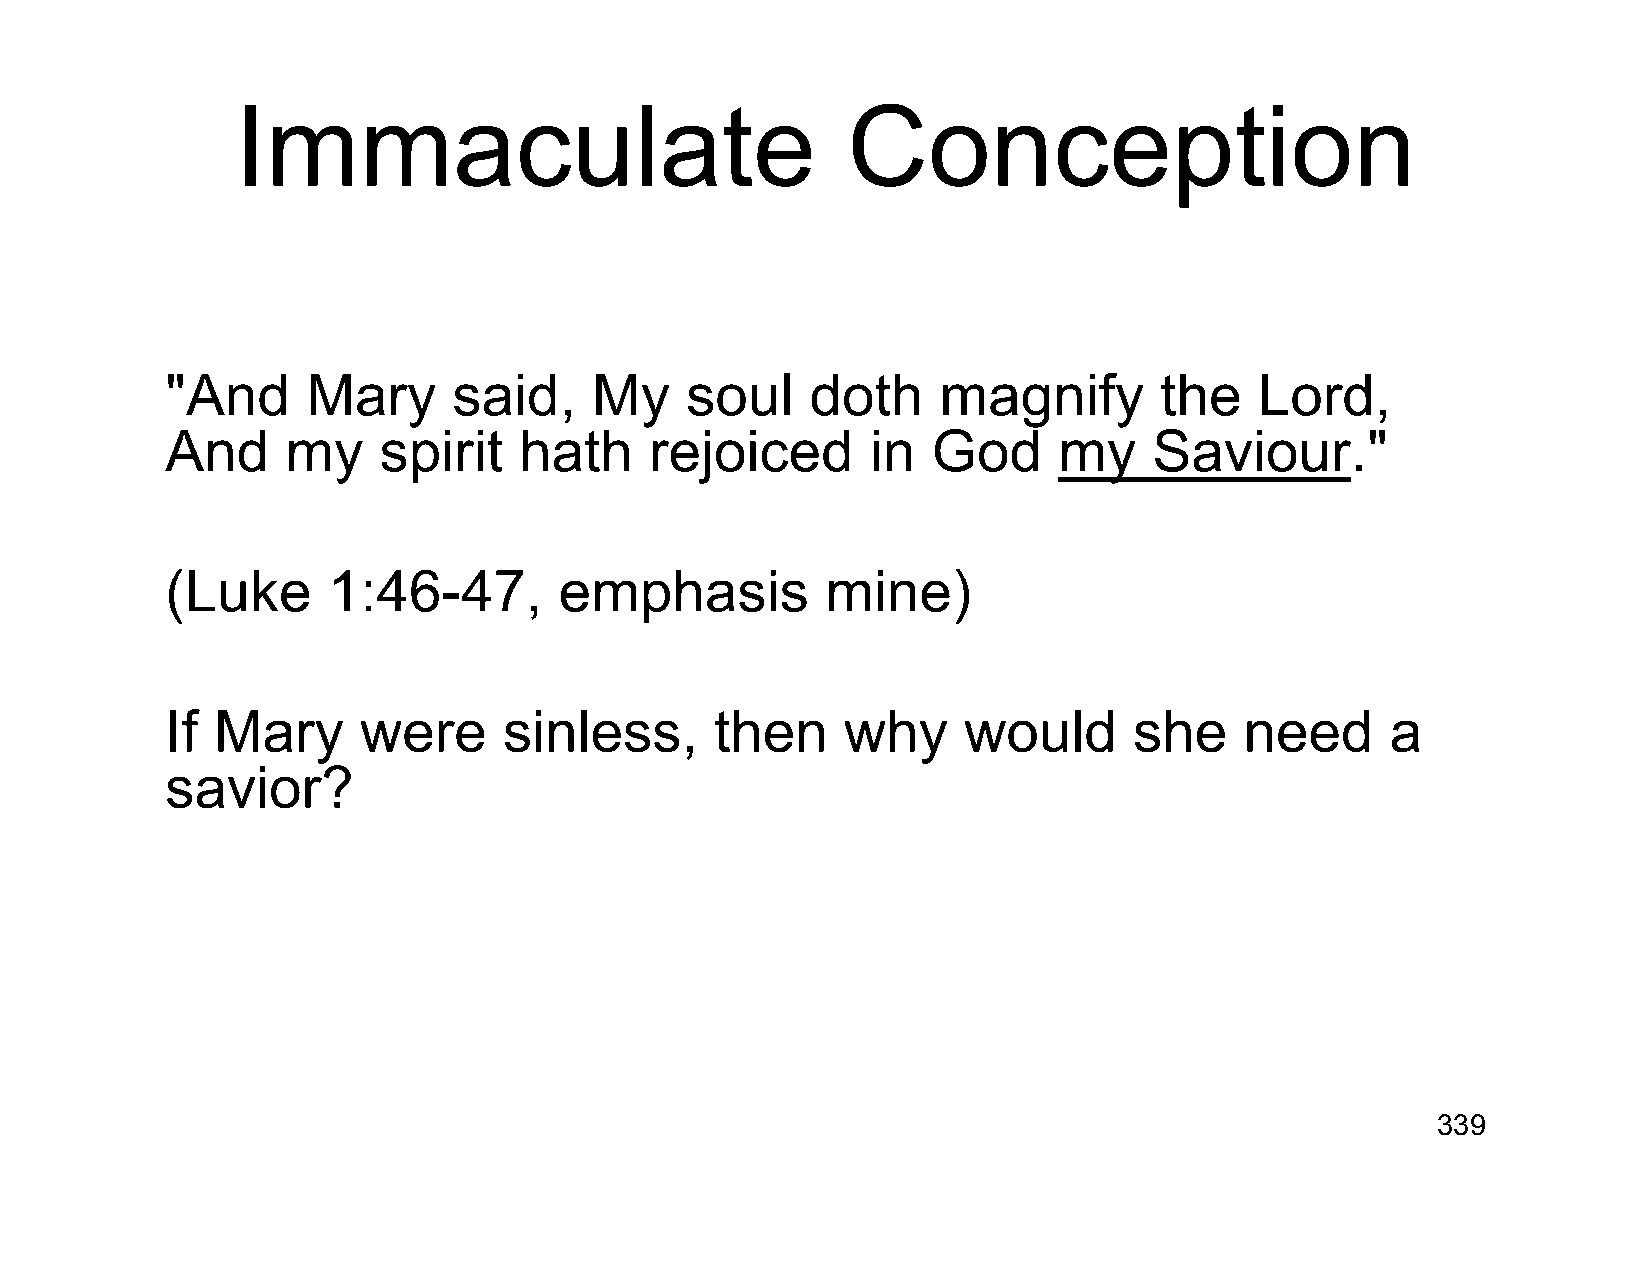
Immaculate                              Conception
 "And     Mary      said,    My    soul     doth    magnify        the   Lord,
 And     my    spirit   hath     rejoiced       in  God     my    Saviour."
 (Luke      1:46-47,       emphasis          mine)
 If Mary      were     sinless,      then     why     would      she    need      a
 savior?
 339